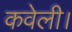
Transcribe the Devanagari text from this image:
कवेली।